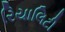
રિયાલિટી